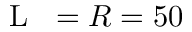
{ \mathrm { ~ \small ~ \mathscr ~ { ~ L ~ } ~ } } = R = 5 0